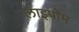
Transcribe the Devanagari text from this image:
लाइपोम